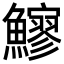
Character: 𩼶